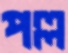
পল্ল